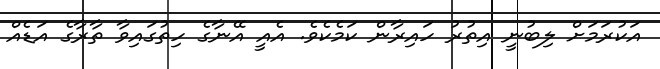
އަކުރަމަށް ލިބުނީ އިތުރު ހައިރާން ކަމެކެވެ. އެއީ އޭނާގެ ހިތުގައިވާ ތާރާގެ އަޑެއް